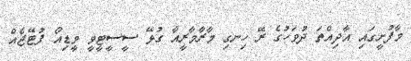
މާފުށީގައި އާދިއްތަ ދުވަހުގެ ރޭ ހިނގި މާރާމާރީއާ ގުޅޭ ސީސީޓީވީ ވީޑިއޯ ފުޓޭޖެއް